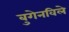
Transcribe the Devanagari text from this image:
बुगेनविले